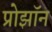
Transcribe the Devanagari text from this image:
प्रोझॉन